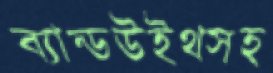
ব্যান্ডউইথসহ